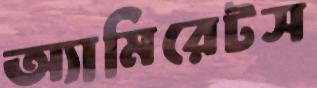
অ্যামিরেটস